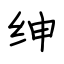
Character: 绅